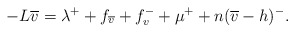
\begin{align*}-L\overline{v}=\lambda^++f_{\overline{v}}+f^{-}_{v}+\mu^{+}+n(\overline{v}-h)^{-}.\end{align*}